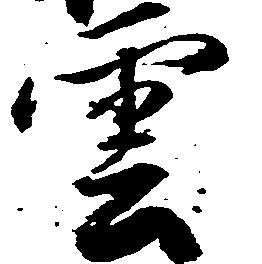
雲